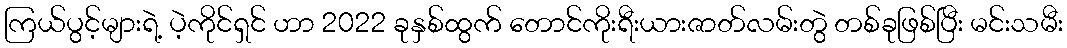
ကြယ်ပွင့်များရဲ့ ပဲ့ကိုင်ရှင် ဟာ 2022 ခုနှစ်ထွက် တောင်ကိုးရီးယားဇာတ်လမ်းတွဲ တစ်ခုဖြစ်ပြီး မင်းသမီး